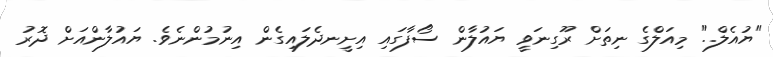
"ޔުއެލް.." މިއަލްގެ ނިތަށް ރޫގިނަވީ ޔައުލާން ސޯފާގައި އިށީނދެލައިގެން އިނުމުންނެވެ. ޔައުލާންއަށް ދޮރު